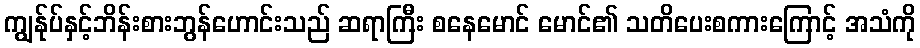
ကျွန်ုပ်နှင့်ဘိန်းစားဘွန်ဟောင်းသည် ဆရာကြီး စနေမောင် မောင်၏ သတိပေးစကားကြောင့် အသံကို